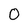
Character: 0